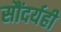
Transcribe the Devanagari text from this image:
सौंदर्यही